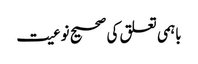
باہمی تعلق کی صحیح نوعیت